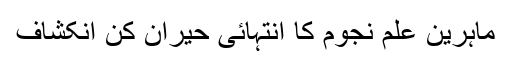
ماہرین علم نجوم کا انتہائی حیران کن انکشاف